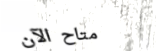
متاح الآن